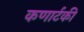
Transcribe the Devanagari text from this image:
कणार्टकी